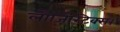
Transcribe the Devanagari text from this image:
लौजिस्टिक्स।